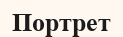
Портрет